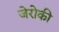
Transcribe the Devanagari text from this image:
जेरोकी